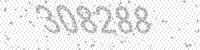
Solution: 308288